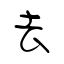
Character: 去